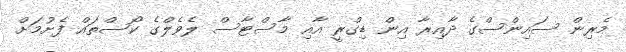
މެރިން ސައިންސްގެ ދާއިރާ އިން ޑިގްރީ އާއި މާސްޓާސް ލެވެލްގެ ކޯސްތައް ފެށުމަށް